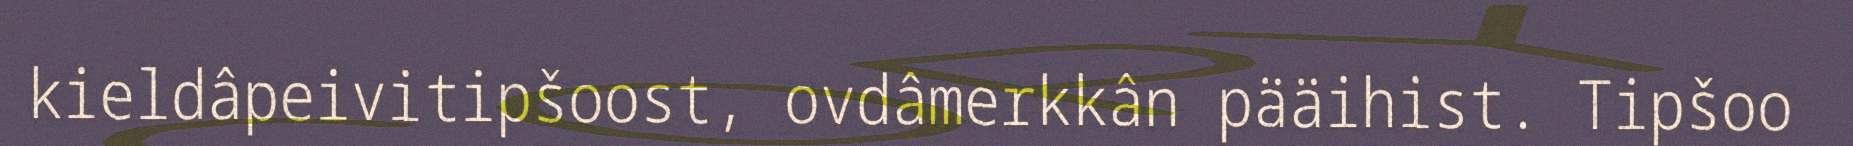
kieldâpeivitipšoost, ovdâmerkkân pääihist. Tipšoo